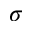
\sigma